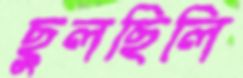
ছুলছিলি